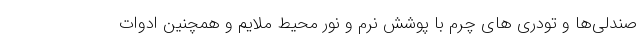
صندلی‌ها و تودری های چرم با پوشش نرم و نور محیط ملایم و همچنین ادوات